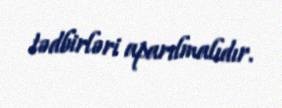
tədbirləri aparılmalıdır.